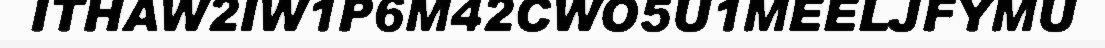
ITHAW2IW1P6M42CWO5U1MEELJFYMU